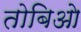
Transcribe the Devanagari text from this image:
तोबिओ